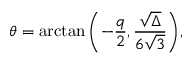
\theta = \arctan { \left( - \frac { q } { 2 } , \frac { \sqrt { \Delta } } { 6 \sqrt { 3 } } \right) } ,